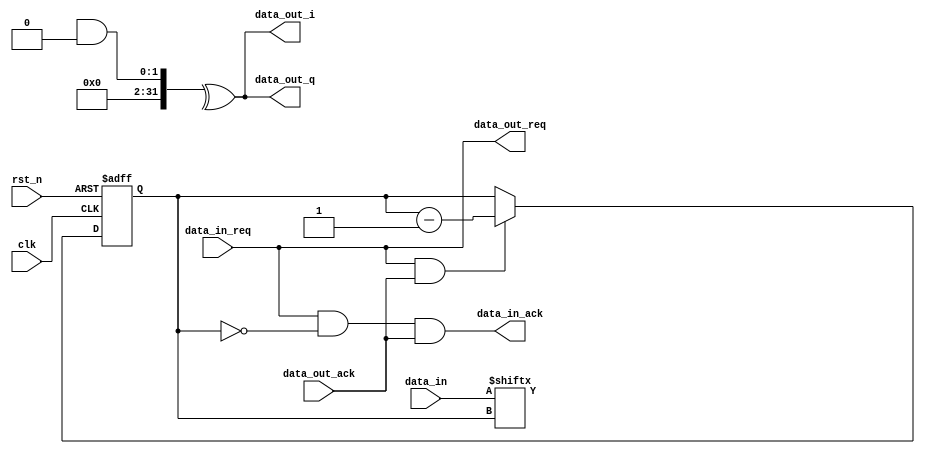
module zl_conv_encoder #
(
    parameter I_poly = 0,
    parameter Q_poly = 0,
    parameter K = 0
)
(
    input clk,
    input rst_n,
    //
    input  [7:0]    data_in,
    input           data_in_req,
    output          data_in_ack,
    //
    output data_out_i,
    output data_out_q,
    output data_out_req,
    input  data_out_ack
);

integer i;

reg [2:0] in_bit_sel;
wire stall;

reg [K-1:0] shift_reg;

always @(*) begin
    shift_reg[K-1] = data_in[in_bit_sel];
end

always @(posedge clk or negedge rst_n) begin
    if(!rst_n) begin
        for(i=0;i<K-1;i=i+1) begin
            shift_reg[i] <= 1'b0;
        end
    end
    else if(!stall) begin
        for(i=0;i<K-1;i=i+1) begin
            shift_reg[i] <= shift_reg[i+1];
        end
    end
end

always @(posedge clk or negedge rst_n) begin
    if(!rst_n) begin
        in_bit_sel <= 3'b111; // MSB first
    end
    else if(!stall) begin
        in_bit_sel <= in_bit_sel - 1'b1;
    end
end

assign data_out_req = data_in_req;
assign data_in_ack = data_in_req && (in_bit_sel == 3'b000) && data_out_ack;
assign stall = !(data_in_req && data_out_ack);

assign data_out_i = ^(shift_reg & I_poly);
assign data_out_q = ^(shift_reg & Q_poly);

endmodule